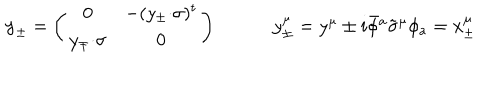
LaTeX: \begin{array} { c c } { { \mathrm { y } _ { \pm } = \left( \begin{array} { c c } { { 0 } } & { { - ( y _ { \pm } { \cdot \sigma } ) ^ { t } } } \\ { { y _ { \mp } { \cdot \sigma } } } & { { 0 } } \\ \end{array} \right) ~ } } & { { ~ y _ { \pm } ^ { \mu } = y ^ { \mu } \pm i \bar { \phi } { } ^ { a } \tilde { \sigma } ^ { \mu } \phi _ { a } = x _ { \pm } ^ { \mu } } } \\ \end{array}